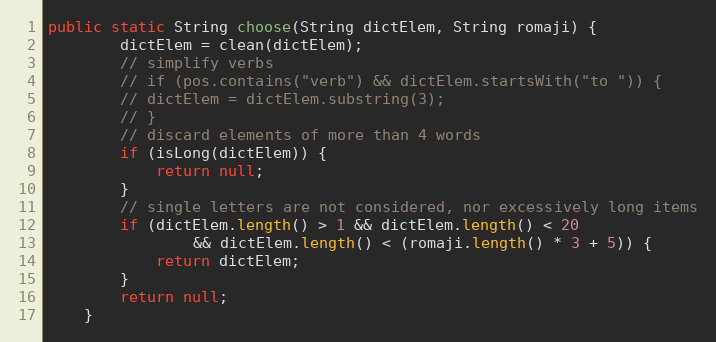
Language: Java
public static String choose(String dictElem, String romaji) {
		dictElem = clean(dictElem);
		// simplify verbs
		// if (pos.contains("verb") && dictElem.startsWith("to ")) {
		// dictElem = dictElem.substring(3);
		// }
		// discard elements of more than 4 words
		if (isLong(dictElem)) {
			return null;
		}
		// single letters are not considered, nor excessively long items
		if (dictElem.length() > 1 && dictElem.length() < 20
				&& dictElem.length() < (romaji.length() * 3 + 5)) {
			return dictElem;
		}
		return null;
	}